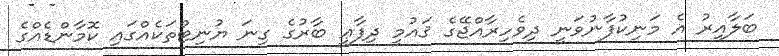
ބަލާއިރު އެ މަނިކުފާނުވަނީ ދިވެހިރާއްޖޭގެ ޤައުމީ ދިފާޢީ ބާރުގެ ގިނަ ޔުނިޓްތަކެއްގައި ކޮމާންޑެއްގެ